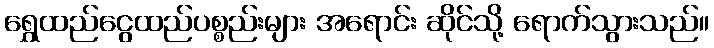
ရွှေထည်ငွေထည်ပစ္စည်းများ အရောင်း ဆိုင်သို့ ရောက်သွားသည်။